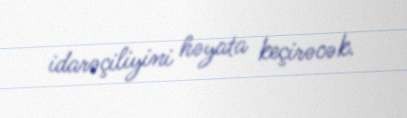
idarəçiliyini həyata keçirəcək.